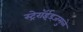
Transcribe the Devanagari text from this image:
स्ट्रेरॉईड्जमुळे